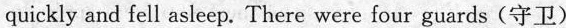
quicklyand fell asleep.There were four guards (守卫)